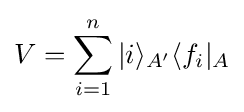
V=\sum _{i=1}^{n}|i\rangle _{A'}\langle f_{i}|_{A}